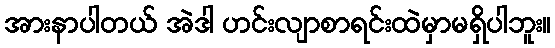
အားနာပါတယ် အဲဒါ ဟင်းလျာစာရင်းထဲမှာမရှိပါဘူး။